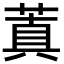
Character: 蒖